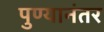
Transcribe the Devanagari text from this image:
पुण्यानंतर